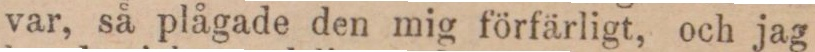
var, så plågade den mig förfärligt, och jag